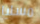
مسليا